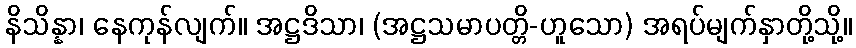
နိသိန္နာ၊ နေကုန်လျက်။ အဋ္ဌဒိသာ၊ (အဋ္ဌသမာပတ္တိ-ဟူသော) အရပ်မျက်နှာတို့သို့။